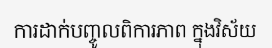
ការដាក់បញ្ចូលពិការភាព ក្នុងវិស័យ